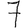
Digit: 7